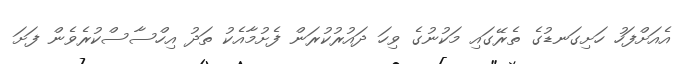
އެއަށްފަހު ހަށިގަނޑުގެ ތެރޭގައި މަކުނުގެ ވިހަ ދައުރުކުރަން ފެށުމާއެކު ތަދު އިހްސާސްކުރެވެން ފަށަ